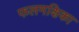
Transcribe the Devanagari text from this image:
फलमक्षिका